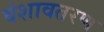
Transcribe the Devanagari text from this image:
वंशावतरण